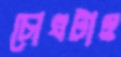
চোখটাও